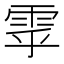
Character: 雽